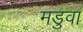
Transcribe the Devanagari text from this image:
मडुवा